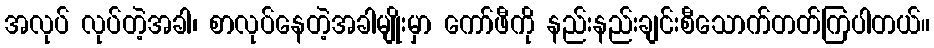
အလုပ် လုပ်တဲ့အခါ၊ စာလုပ်နေတဲ့အခါမျိုးမှာ ကော်ဖီကို နည်းနည်းချင်းစီသောက်တတ်ကြပါတယ်။